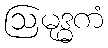
ဩမုဒ္ဓကံ